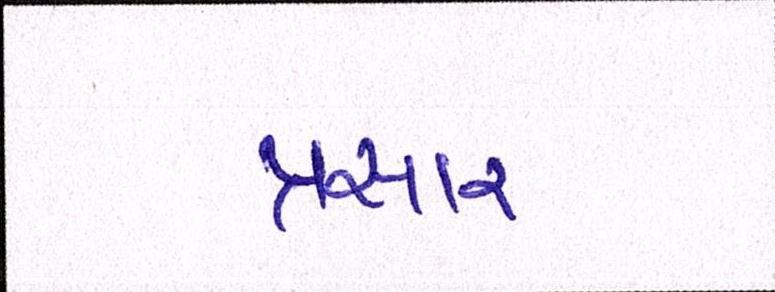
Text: પ્રસાર